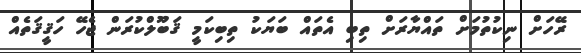
ރޭހަށް ނިކުތުމަށް ތައްޔާރަށް ތިބި އެތައް ބަޔަކު ތިބިކަމީ ޤަބޫލްކުރަން ޖެހޭ ހަޤީޤަތެއް